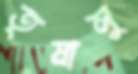
তৃষালু